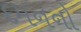
દમનનો